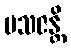
ပသဇန္တိ